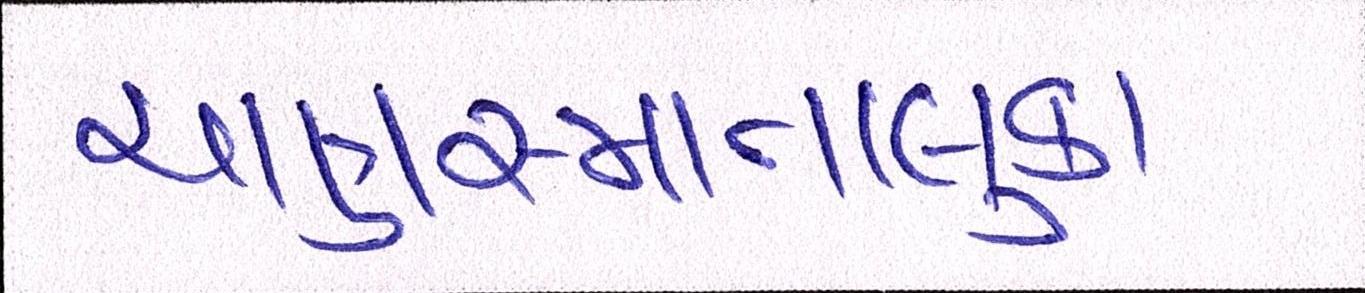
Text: ચાણસ્માતાલુકા